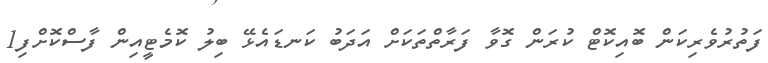
ފަތުރުވެރިކަން ބޮއިކޮޓް ކުރަން ގޮވާ ފަރާތްތަކަށް އަދަބު ކަނޑައެޅޭ ބިލު ކޮމެޓީއިން ފާސްކޮށްފި1